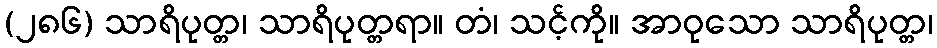
(၂၈၆) သာရိပုတ္တ၊ သာရိပုတ္တရာ။ တံ၊ သင့်ကို။ အာဝုသော သာရိပုတ္တ၊